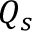
Q _ { s }